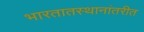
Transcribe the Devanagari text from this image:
भारतातस्थानांतरीत